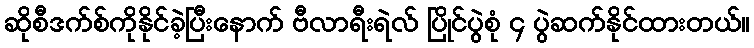
ဆိုစီဒက်စ်ကိုနိုင်ခဲ့ပြီးနောက် ဗီလာရီးရဲလ် ပြိုင်ပွဲစုံ ၄ ပွဲဆက်နိုင်ထားတယ်။